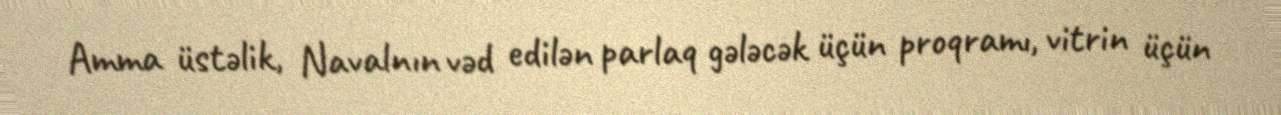
Amma üstəlik, Navalnın vəd edilən parlaq gələcək üçün proqramı, vitrin üçün